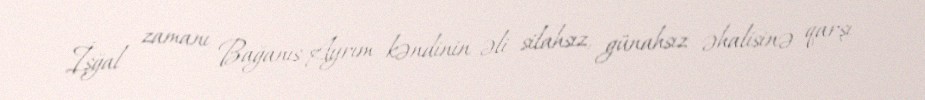
İşğal zamanı Bağanıs-Ayrım kəndinin əli silahsız, günahsız əhalisinə qarşı